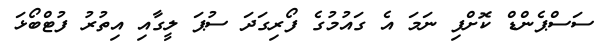
ސަސްޕެންޑް ކޮށްފި ނަމަ އެ ގައުމުގެ ފޯރިގަދަ ސުޕަ ލީގާއި އިތުރު ފުޓްބޯޅަ